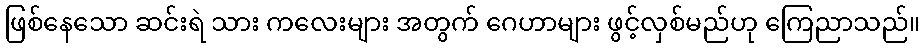
ဖြစ်နေသော ဆင်းရဲ သား ကလေးများ အတွက် ဂေဟာများ ဖွင့်လှစ်မည်ဟု ကြေညာသည်။